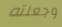
وجعلته